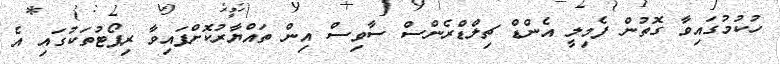
ހުކުމުގައިވާ ގޮތުން ފެމިލީ އެންޑް ޗިލްޑްރެންސް ސާވިސް އިން ތައްޔާރުކޮށްފައިވާ ރިޕޯޓުތަކުގައި އެ